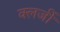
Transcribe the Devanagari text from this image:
क्लर्जी